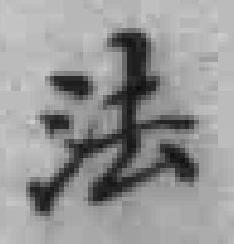
法